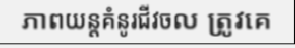
ភាពយន្តគំនូរជីវចល ត្រូវគេ